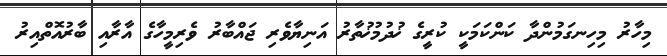
މިހާރު މިހިނގަމުންދާ ކަންކަމަކީ ކުރީގެ ޚުދުމުޚުތާރު އަނިޔާވެރި ޖައްބާރު ވެރިމީހާގެ އާރާއި ބާރުއޮތްއިރު